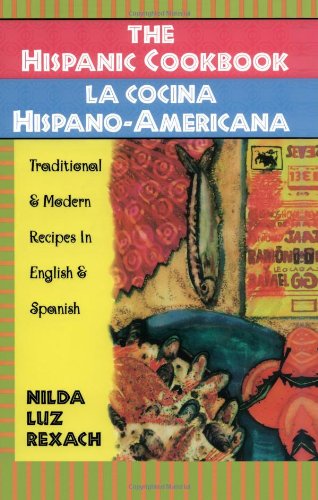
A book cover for The Hispanic Cookbook: Traditional & Modern Recipes in English & Spanish; Nilda Luz Rexach; Cookbooks, Food & Wine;